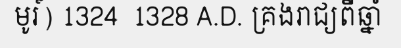
មូរ៍) 1324  1328 A.D. គ្រងរាជ្យពីឆ្នាំ